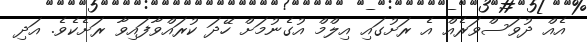
އެއް ދުވަސްވަރެއް އެ ރަށުގައި އިލްމް އުގެނުމަށް ހޭދަ ކުރައްވާފައިވާ ރަށެކެވެ. އަދި